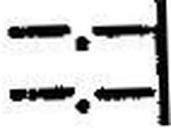
—.—